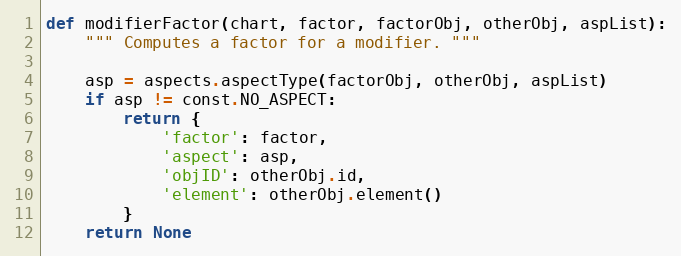
Language: Python
def modifierFactor(chart, factor, factorObj, otherObj, aspList):
    """ Computes a factor for a modifier. """

    asp = aspects.aspectType(factorObj, otherObj, aspList)
    if asp != const.NO_ASPECT:
        return {
            'factor': factor,
            'aspect': asp,
            'objID': otherObj.id,
            'element': otherObj.element()
        }
    return None